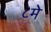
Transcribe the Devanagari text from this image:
८मे